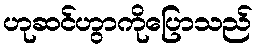
ဟုဆင်ဟွာကိုပြောသည်